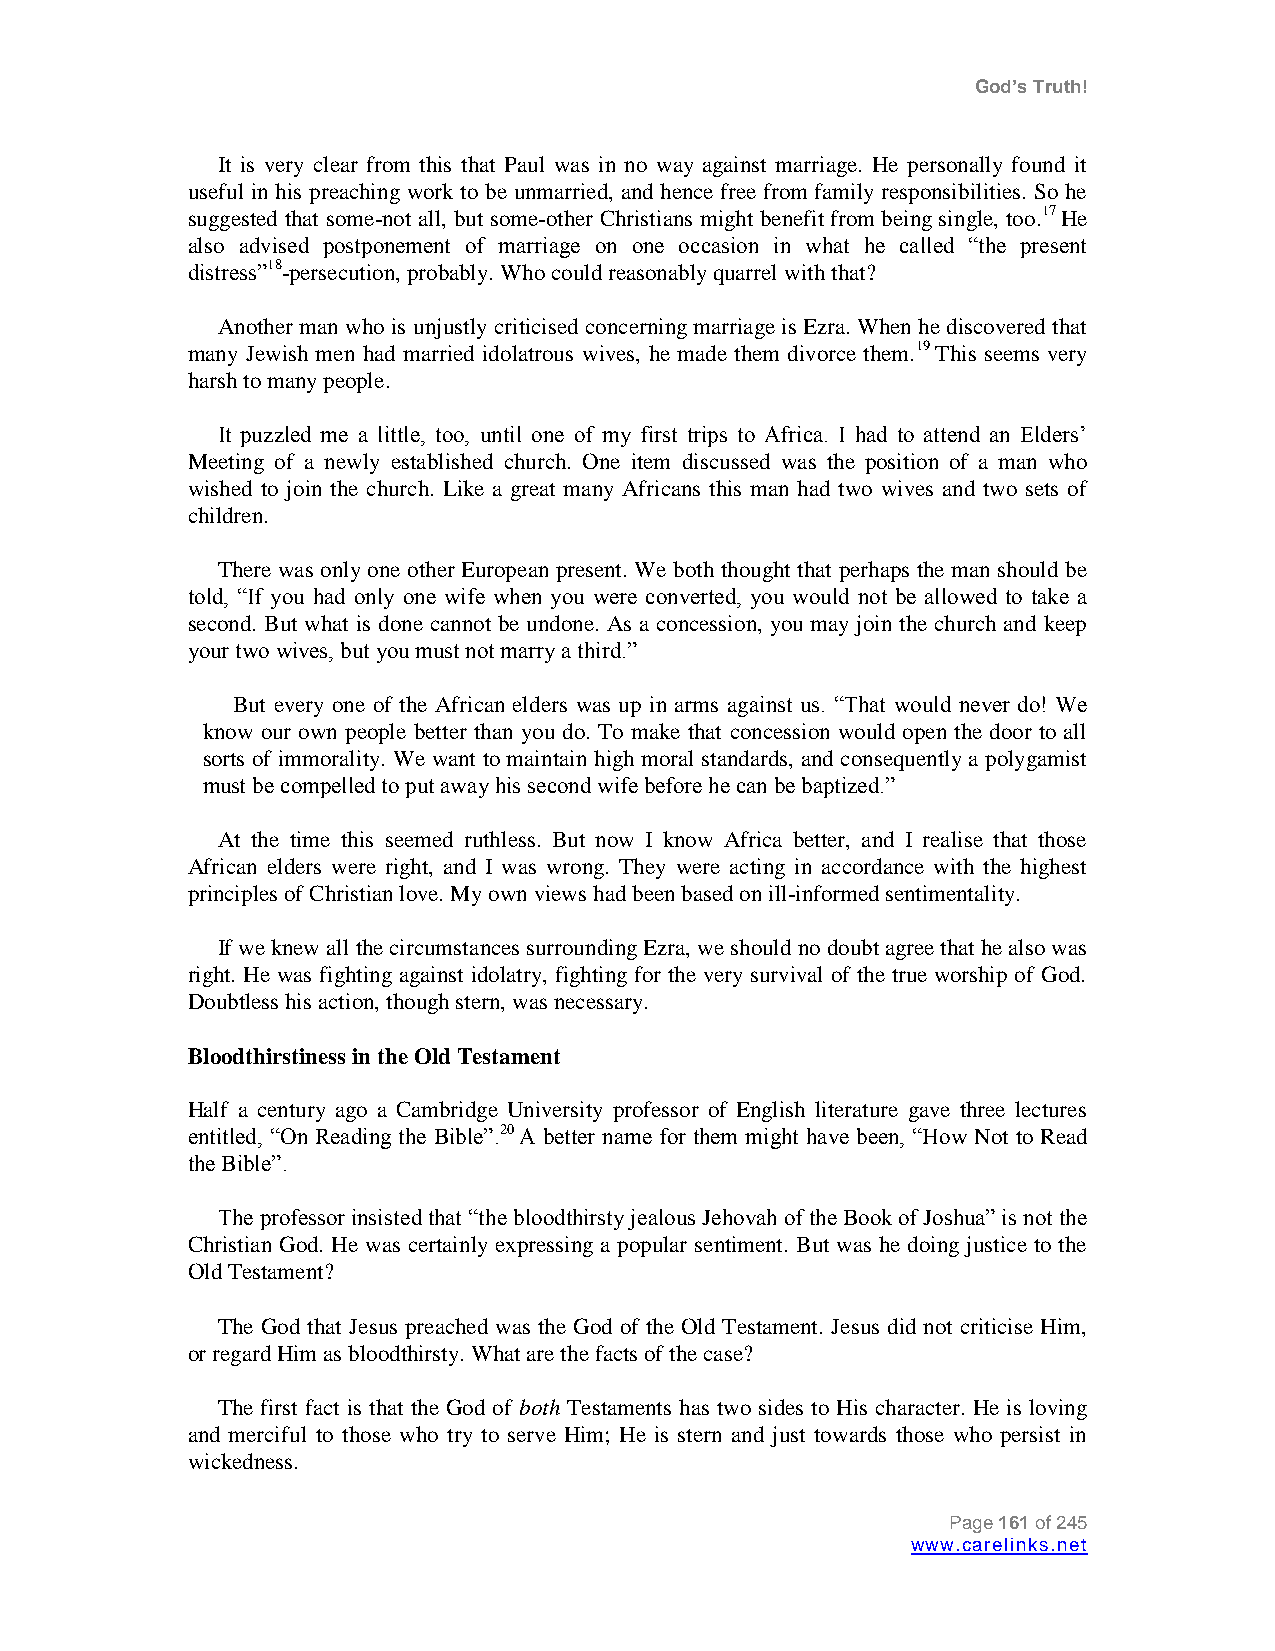
God’s Truth!
 It is very clear from this that Paul was in no way against marriage. He personally found it
 useful in his preaching work to be unmarried, and hence free from family responsibilities. So he
 suggested that some-not all, but some-other Christians might benefit from being single, too.17 He
 also advised postponement of marriage on one occasion in what he called “the present
 distress”18-persecution, probably. Who could reasonably quarrel with that?
 Another man who is unjustly criticised concerning marriage is Ezra. When he discovered that
 many Jewish men had married idolatrous wives, he made them divorce them.19 This seems very
 harsh to many people.
 It puzzled me a little, too, until one of my first trips to Africa. I had to attend an Elders‟
 Meeting of a newly established church. One item discussed was the position of a man who
 wished to join the church. Like a great many Africans this man had two wives and two sets of
 children.
 There was only one other European present. We both thought that perhaps the man should be
 told, “If you had only one wife when you were converted, you would not be allowed to take a
 second. But what is done cannot be undone. As a concession, you may join the church and keep
 your two wives, but you must not marry a third.”
 But every one of the African elders was up in arms against us. “That would never do! We
 know our own people better than you do. To make that concession would open the door to all
 sorts of immorality. We want to maintain high moral standards, and consequently a polygamist
 must be compelled to put away his second wife before he can be baptized.”
 At the time this seemed ruthless. But now I know Africa better, and I realise that those
 African elders were right, and I was wrong. They were acting in accordance with the highest
 principles of Christian love. My own views had been based on ill-informed sentimentality.
 If we knew all the circumstances surrounding Ezra, we should no doubt agree that he also was
 right. He was fighting against idolatry, fighting for the very survival of the true worship of God.
 Doubtless his action, though stern, was necessary.
 Bloodthirstiness in the Old Testament
 Half a century ago a Cambridge University professor of English literature gave three lectures
 entitled, “On Reading the Bible”.20 A better name for them might have been, “How Not to Read
 the Bible”.
 The professor insisted that “the bloodthirsty jealous Jehovah of the Book of Joshua” is not the
 Christian God. He was certainly expressing a popular sentiment. But was he doing justice to the
 Old Testament?
 The God that Jesus preached was the God of the Old Testament. Jesus did not criticise Him,
 or regard Him as bloodthirsty. What are the facts of the case?
 The first fact is that the God of both Testaments has two sides to His character. He is loving
 and merciful to those who try to serve Him; He is stern and just towards those who persist in
 wickedness.
 Page 161 of 245
 www.carelinks.net